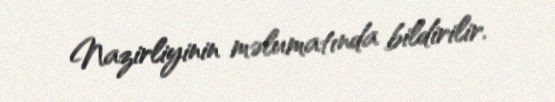
Nazirliyinin məlumatında bildirilir.